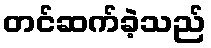
တင်ဆက်ခဲ့သည်